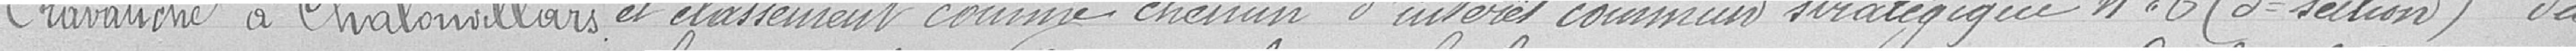
Cravauche à Chalonvillars et classement comme chemin d'intérêt commun stratégique N° 6 (3e section) du